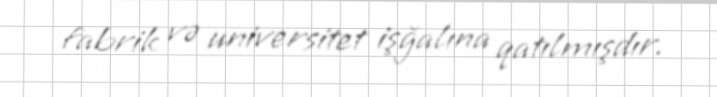
fabrik və universitet işğalına qatılmışdır.